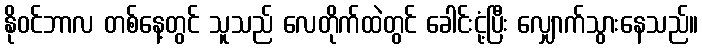
နိုဝင်ဘာလ တစ်နေ့တွင် သူသည် လေတိုက်ထဲတွင် ခေါင်းငုံ့ပြီး လျှောက်သွားနေသည်။